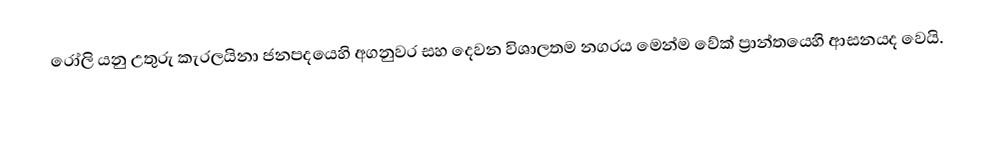
රෝලි  යනු උතුරු කැරලයිනා ජනපදයෙහි අගනුවර සහ දෙවන විශාලතම නගරය මෙන්ම  වේක් ප්‍රාන්තයෙහි ආසනයද වෙයි.